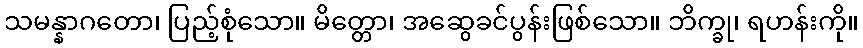
သမန္နာဂတော၊ ပြည့်စုံသော။ မိတ္တော၊ အဆွေခင်ပွန်းဖြစ်သော။ ဘိက္ခု၊ ရဟန်းကို။